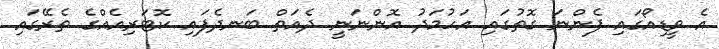
އެ ވީޑިއޯގައި ފެންނަ ގޮތުގައި އަހުމަދު އޮންނަނީ ދެއަތް ބަނދެފައި ކޮޓަރިއެއްގެ ތެރޭގައި